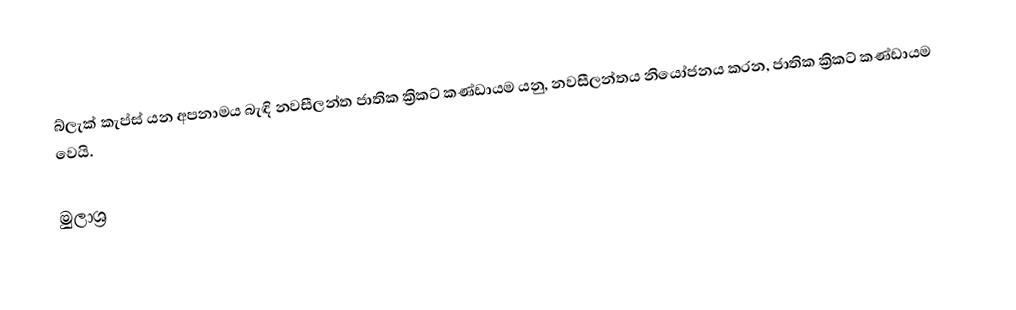
බ්ලැක් කැප්ස් යන අපනාමය බැඳි නවසීලන්ත ජාතික ක්‍රිකට් කණ්ඩායම යනු, නවසීලන්තය නියෝජනය කරන, ජාතික ක්‍රිකට් කණ්ඩායම වෙයි.

මුලාශ්‍ර